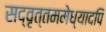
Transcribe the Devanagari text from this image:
सद्‌वृत्तममेध्यादपि